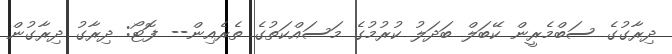
ދިރާގުގެ ސަބްމެރީން ކޭބަލް ބަދަލު ކުރުމުގެ މަސައްކަތުގެ ތެރެއިން-- ފޮޓޯ: ދިރާގު ދިރާގުން